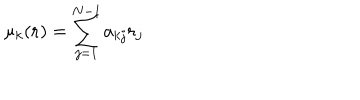
\mu _ { k } ( { \bf r } ) = \sum _ { j = 1 } ^ { N - 1 } a _ { k j } r _ { j }